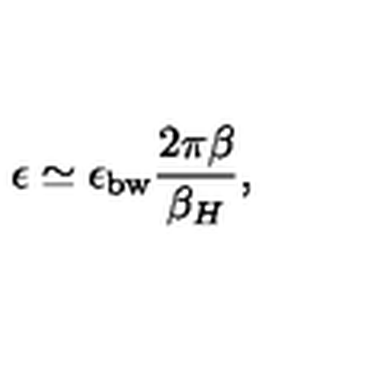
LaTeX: \epsilon \simeq \epsilon _ { \mathrm { b w } } { \frac { 2 \pi \beta } { \beta _ { H } } } ,